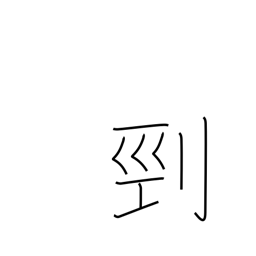
Meaning: beheading